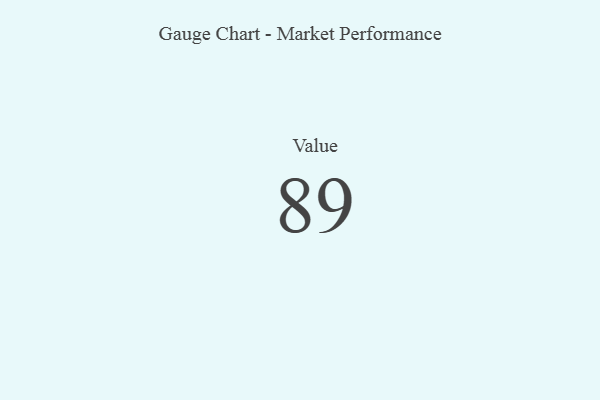
{"axis": {"x": "Metric", "y": "Value"}, "legend": [""], "data": [{"x": "Value", "y": 89, "type": ""}]}